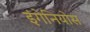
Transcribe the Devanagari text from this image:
इंगेनियोस